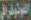
الفوتوغرافي